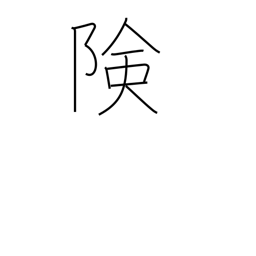
Meaning: precipitous